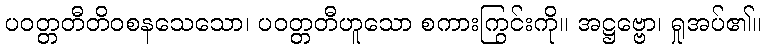
ပဝတ္တတီတိဝစနသေသော၊ ပဝတ္တတီဟူသော စကားကြွင်းကို။ အဋ္ဌဗ္ဗော၊ ရှုအပ်၏။